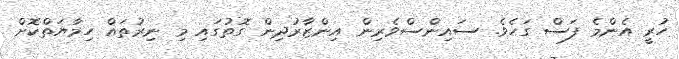
ހުރީ އެންމެ ފަސް ގަހެވެ. ސައިންސްވެރިން އިންޒާރުދިން ގޮތުގައި މި ނިރުތައް ހިމާޔަތްކޮށް